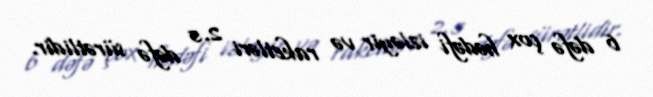
6 dəfə çox hədəfi izləyir və raketləri 2.5 dəfə sürətlidir.